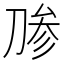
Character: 𰄶